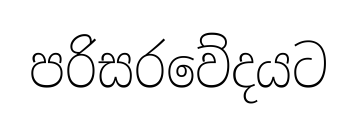
පරිසරවේදයට